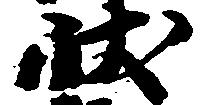
状